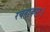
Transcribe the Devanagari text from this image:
रचनाकार।